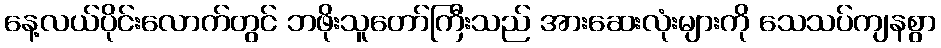
နေ့လယ်ပိုင်းလောက်တွင် ဘဖိုးသူတော်ကြီးသည် အားဆေးလုံးများကို သေသပ်ကျနစွာ